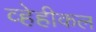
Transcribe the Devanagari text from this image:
व्हेहीकल